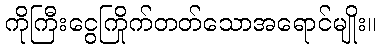
ကိုကြီးငွေကြိုက်တတ်သောအရောင်မျိုး။